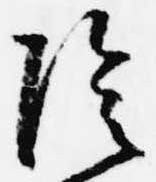
陰